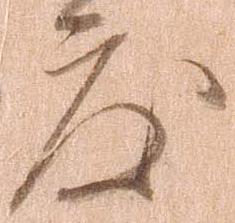
度